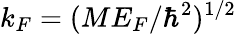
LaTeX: k_{F}=(ME_{F}/\hbar^{2})^{1/2}